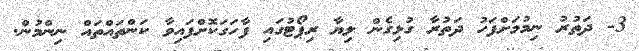
3- ދަތުރު ނިމުމަށްފަހު ދަތުރާ ގުޅިގެން ލިޔާ ރިޕޯޓުގައި ފާހަގަކޮށްފައިވާ ކަންތައްތައް ނިންމުން.